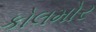
કોલમોર